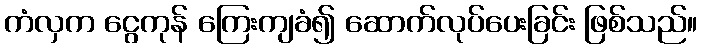
ကံလှက ငွေကုန် ကြေးကျခံ၍ ဆောက်လုပ်ပေးခြင်း ဖြစ်သည်။